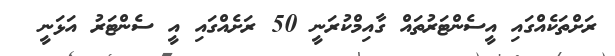
ރަށްތަކެއްގައި އީސެންޓަރުތައް ގާއިމްކުރަނީ 50 ރަށެއްގައި އީ ސެންޓަރު އަޅަނީ